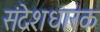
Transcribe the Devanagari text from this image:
संदेशधारक